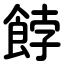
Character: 餑